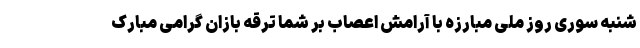
شنبه سوری روز ملی مبارزه با آرامش اعصاب بر شما ترقه بازان گرامی مبارک